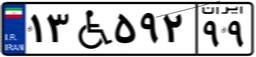
۱۳W۵۹۲۹۹